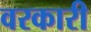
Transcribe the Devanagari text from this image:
वरकारी